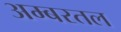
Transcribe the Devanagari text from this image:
अम्बरतल